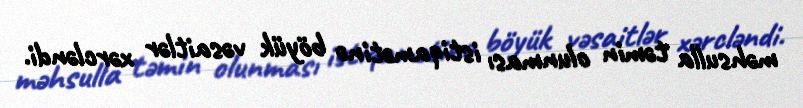
məhsulla təmin olunması istiqamətinə böyük vəsaitlər xərcləndi.